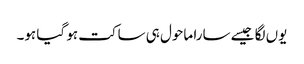
یوں لگا جیسے سارا ماحول ہی ساکت ہو گیا ہو۔